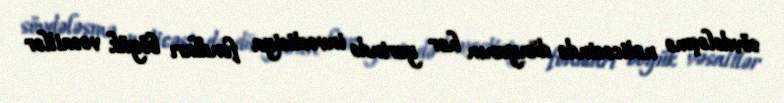
sövdələşmə nəticəsində dünyanın hər yerində investisiya fondları böyük vəsaitlər